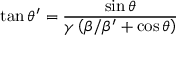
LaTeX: \tan { \theta ^ { \prime } } = { \frac { \sin { \theta } } { \gamma \left( \beta / \beta ^ { \prime } + \cos { \theta } \right) } }